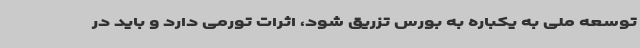
توسعه ملی به یکباره به بورس تزریق شود، اثرات تورمی دارد و باید در